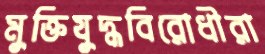
মুক্তিযুদ্ধবিরোধীরা